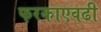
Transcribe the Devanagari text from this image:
फरकाएवढी